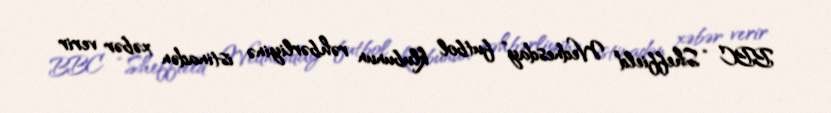
BBC “Sheffield Wednesday” futbol klubunun rəhbərliyinə istinadən xəbər verir